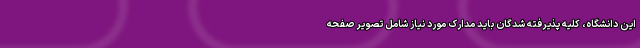
این دانشگاه، کلیه پذیرفته شدگان باید مدارک مورد نیاز شامل تصویر صفحه